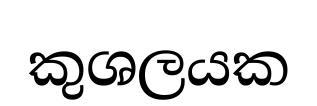
කුශලයක